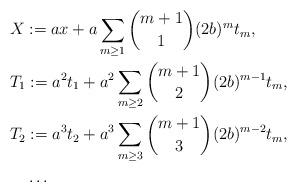
LaTeX: \begin{align*}&X:=ax+a\sum_{m\ge1}\binom{m+1}{1}(2b)^mt_m,\\&T_1:=a^2t_1+a^2\sum_{m\ge2}\binom{m+1}{2}(2b)^{m-1}t_m,\\&T_2:=a^3t_2+a^3\sum_{m\ge3}\binom{m+1}{3}(2b)^{m-2}t_m,\\&\quad\ldots\end{align*}